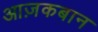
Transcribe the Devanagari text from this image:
आज़कबान